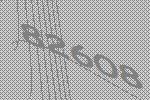
82608